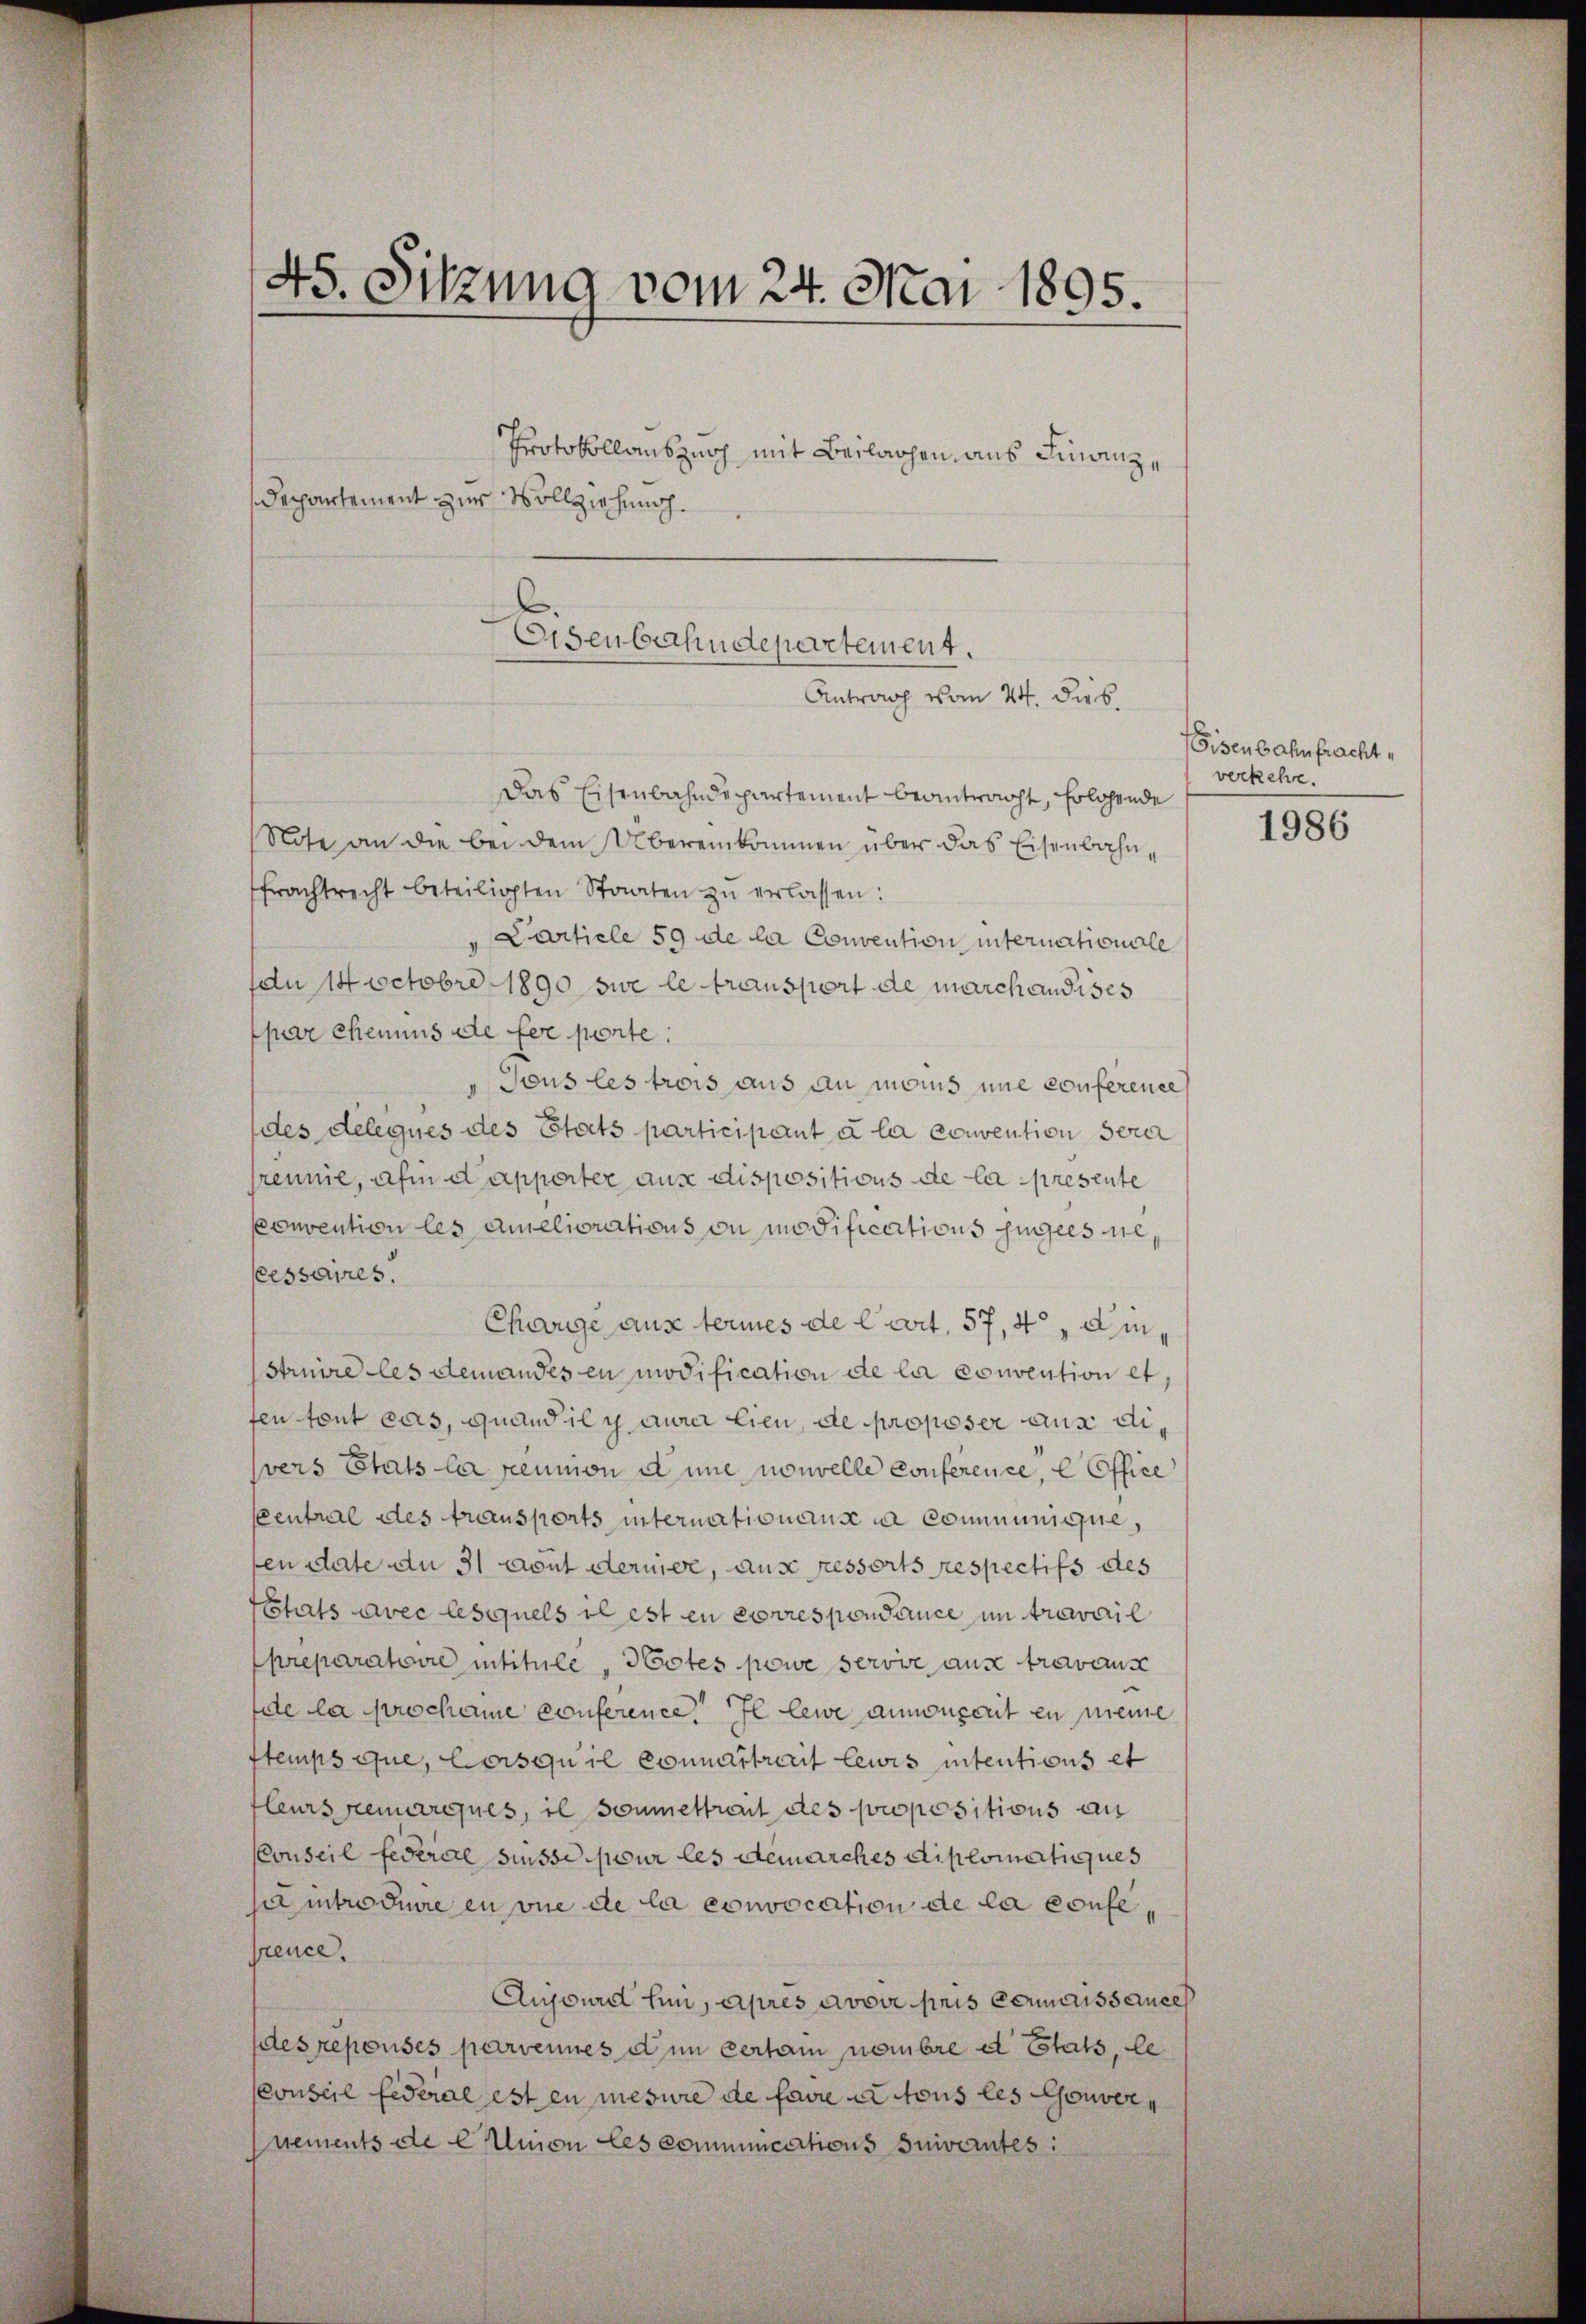
45. Sitzung vom 24. Mai 1895.

Protokollauszug mit Beilagen aus Finanz¬
Departement zur Vollziehung.

Eisenbahndepartement.
Antrag vom 24. dies.

Das Eisenbahndepartement beantracht, Erlehende
Note an die bei dem Übereinkommen über das Eisenbahnfrachtrecht beteiligten Staaten zŭ erlassen:
Cartiele 59 de la Convention internationale
du 14 Octobre 1890 sie le transport de marchandises
par chemnus die fer porte:
Tous les trois aus an mans une conference
des delegues des Stats participant à la convention sera
reume, ahm dapperter aus dispositions de la presente
souvention les ameliorations ou modifications jugées nescessaires.
Charge aus termes de l’art. 57, 4, einstruire les demandes en modification de la convention et,
fen tout cas, quand il y aura lien, de proposer aus divers Etats la peumon eine nouvelle Conference, e Office
central des transports internationaus in Communique,
fen date du 31 tout dermer, aus ressorts respectifs des
Chats avec lesquels il est en corresponsance in travail
preparatorie intitule " Wotes powe servie ause travaus
de la prochame Conference Illewe annenseit en meine
temps que, lorsqu’il connantrait Lewis intentions et
fleurs remarques, il soumettreut des propositions an
Conseil federal süsse pour les demarches diplomatiques
sa introduire en vue de la convocation de la confesrence.
Aujourd hin, après avoir pris Connaissancel
des repouses parvenues dem certam nombre d Etats, le
conseil fideral est en mesure de faire et tous les Gouvernements de CUmnon les communications suivantes:

Eisenbahnfracht,
verkehr.

1986